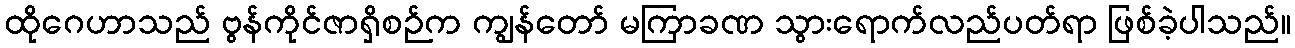
ထိုဂေဟာသည် ဗွန်ကိုင်ဇာရှိစဉ်က ကျွန်တော် မကြာခဏ သွားရောက်လည်ပတ်ရာ ဖြစ်ခဲ့ပါသည်။